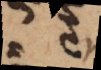
a e